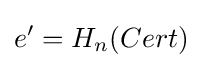
e'=H_{n}(Cert)